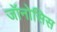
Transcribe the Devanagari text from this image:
जॉनोसिस